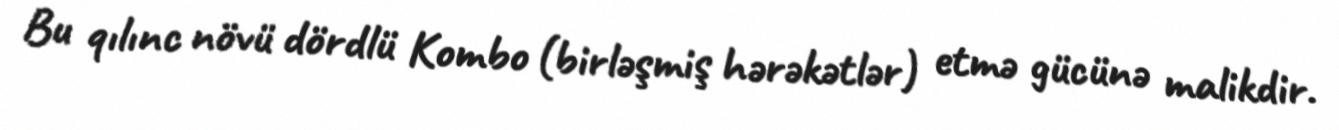
Bu qılınc növü dördlü Kombo (birləşmiş hərəkətlər) etmə gücünə malikdir.